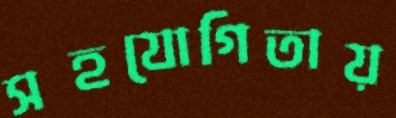
সহযোগিতায়